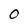
Character: O